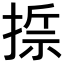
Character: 𢰂